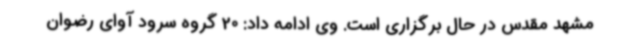
مشهد مقدس در حال برگزاری است. وی ادامه داد: 20 گروه سرود آوای رضوان